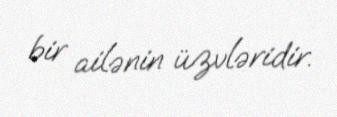
bir ailənin üzvləridir.